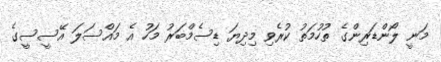
މަނީ ލޯންޑަރިންގެ ތުހުމަތު ކުރެވި މިދިޔަ ޑިސެމްބަރު މަހު އެ މައްސަލަ އޭސީސީގެ